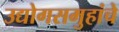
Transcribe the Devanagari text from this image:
उद्योगसमुहांचे